Scottish Leaving Certificate Examination, 1958
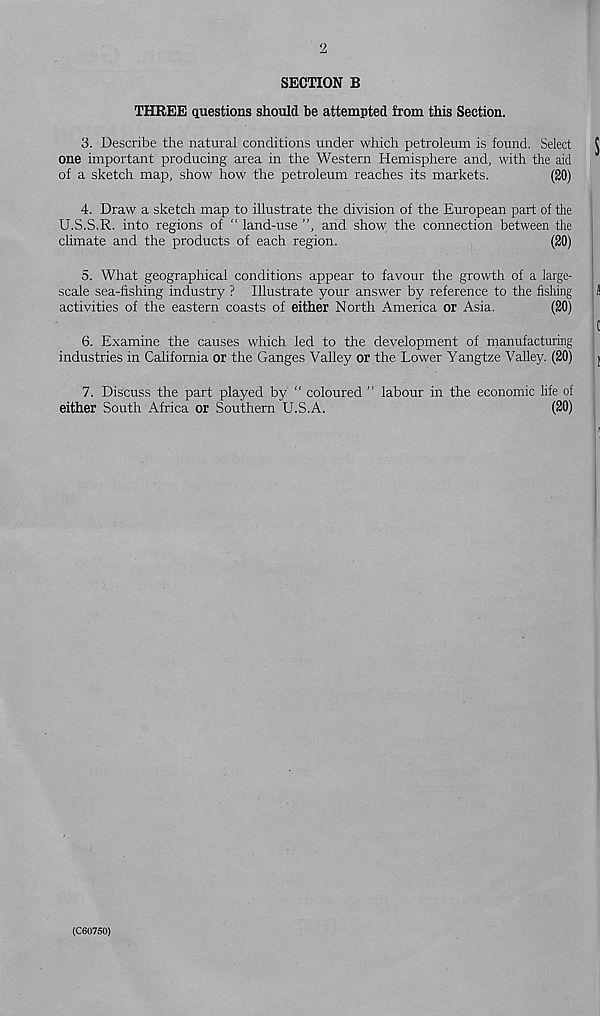
2
SECTION B
THREE questions should be attempted from this Section.
3. Describe the natural conditions under which petroleum is found. Select C
one important producing area in the Western Hemisphere and, with the aid
of a sketch map, show how the petroleum reaches its markets.
(20)
4. Draw a sketch map to illustrate the division of the European part of the
U.S.S.R. into regions of “ land-use ”, and show the connection between the
climate and the products of each region.
(20)
/
- ■
5. What geographical conditions appear to favour the growth of a large-
scale sea-fishing industry ? Illustrate your answer by reference to the fishing
J
activities of the eastern coasts of either North America or Asia.
(20)
C
6. Examine the causes which led to the development of manufacturing
industries in California or the Ganges Valley or the Lower Yangtze Valley. (20)
j
7. Discuss the part played by “ coloured ” labour in the economic life of
either South Africa or Southern U.S.A.
(20)
(C60750)